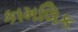
કામલિક